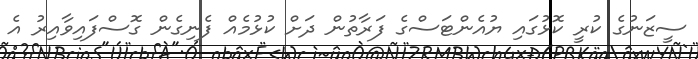
ސީޒަނުގެ ކުރީ ކޮޅުގައި ޔުއެންޓަސްގެ ފަރާތުން ދަށް ކުޅުމެއް ފެނިގެން ގޮސްފައިވާއިރު އެ